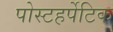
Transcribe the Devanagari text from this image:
पोस्टहर्पेटिक